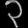
Digit: ၃